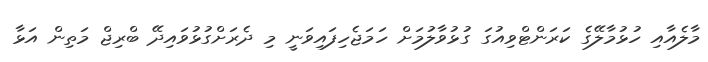
މާލެއާއި ހުޅުމާލޭގެ ކަރަންޓްވިއުގަ ގުޅުވާލުަމަށް ހަމަޖެހިފައިވަނީ މި ދެރަށްގުޅުވައިދޭ ބްރިޖް މަތިން އަޅާ